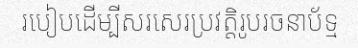
របៀបដើម្បីសរសេរប្រវត្តិរូបរចនាប័ទ្ម